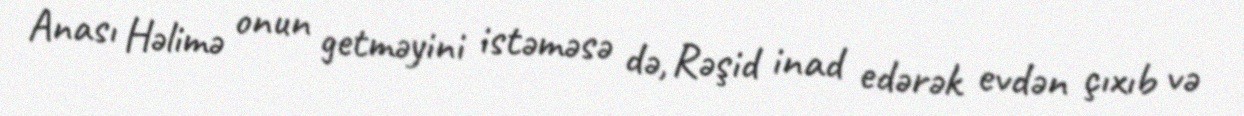
Anası Həlimə onun getməyini istəməsə də, Rəşid inad edərək evdən çıxıb və